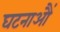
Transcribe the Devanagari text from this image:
घटनाऔं